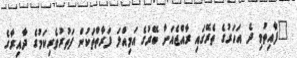
"ފާއިތުވި ދެ އަހަރުގެ ތެރޭގައި ރާއްޖެއަށް ބޭރުގެ އަމިއްލަ ފަރާތްތަކުން ފަތުރުވެރިކަމުގެ ދާއިރާގެ